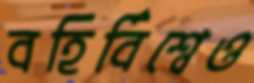
বহির্বিশ্বেও